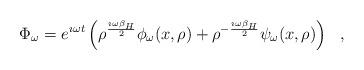
LaTeX: \begin{align*}\Phi_\omega = e^{\imath \omega t}\left(\rho^{\imath \omega\beta_H\over 2}\phi_\omega (x,\rho )+\rho^{-{\imath \omega\beta_H\over 2}}\psi_\omega (x,\rho )\right)~~,\end{align*}